Vaccine operations Central Provinces 1886-1899 - 1886-1899
Year: 1886
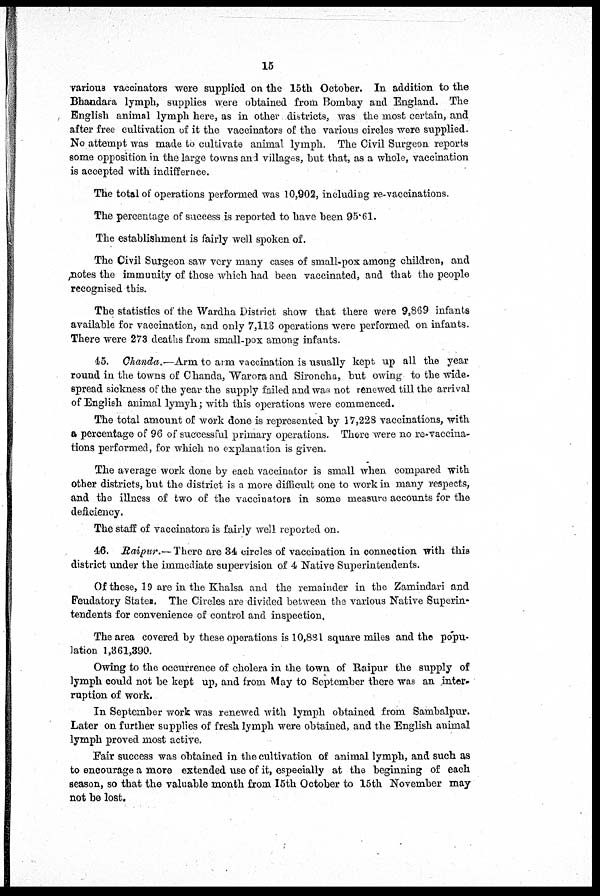
15
various vaccinators were supplied on the 15th October. In addition to the
Bhandara lymph, supplies were obtained from Bombay and England. The
English animal lymph here, as in other districts, was the most certain, and
after free cultivation of it the vaccinators of the various circles were supplied.
No attempt was made to cultivate animal lymph. The Civil Surgeon reports
some opposition in the large towns and villages, but that, as a whole, vaccination
is accepted with indiffernce.
The total of operations performed was 10,902, including re-vaccinations.
The percentage of success is reported to have been 95.61.
The establishment is fairly well spoken of.
The Civil Surgeon saw very many cases of small-pox among children, and
notes the immunity of those which had been vaccinated, and that the people
recognised this.
The statistics of the Wardha District show that there were 9,869 infants
available for vaccination, and only 7,113 operations were performed on infants.
There were 273 deaths from small-pox among infants.
45. Chanda.—Arm to arm vaccination is usually kept up all the year
round in the towns of Chanda, Warora and Sironcha, but owing to the wide-
spread sickness of the year the supply failed and was not renewed till the arrival
of English animal lymyh; with this operations were commenced.
The total amount of work done is represented by 17,228 vaccinations, with
a percentage of 96 of successful primary operations. There were no re-vaccina-
tions performed, for which no explanation is given.
The average work done by each vaccinator is small when compared with
other districts, but the district is a more difficult one to work in many respects,
and the illness of two of the vaccinators in some measure accounts for the
deficiency.
The staff of vaccinators is fairly well reported on.
46. Raipur.— There are 34 circles of vaccination in connection with this
district under the immediate supervision of 4 Native Superintendents.
Of these, 19 are in the Khalsa and the remainder in the Zamindari and
Feudatory States. The Circles are divided between the various Native Superin-
tendents for convenience of control and inspection.
The area covered by these operations is 10,881 square miles and the popu-
lation 1,361,390.
Owing to the occurrence of cholera in the town of Raipur the supply of
lymph could not be kept up, and from May to September there was an inter-
ruption of work.
In September work was renewed with lymph obtained from Sambalpur.
Later on further supplies of fresh lymph were obtained, and the English animal
lymph proved most active.
Fair success was obtained in the cultivation of animal lymph, and such as
to encourage a more extended use of it, especially at the beginning of each
season, so that the valuable month from 15th October to 15th November may
not be lost.